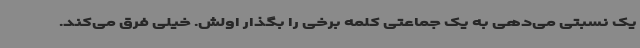
یک نسبتی می‌دهی به یک جماعتی کلمه برخی را بگذار اولش. خیلی فرق می‌کند.